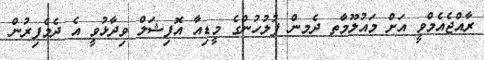
ރާއްޖެއެމްވީ އަށް މައުލޫމާތ ދެމން ފުލުހުންގެ މީޑިއާ އޮފިޝަލް ވިދާޅުވީ އެ ދެމެފިރުން